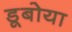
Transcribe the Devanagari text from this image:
डूबोया